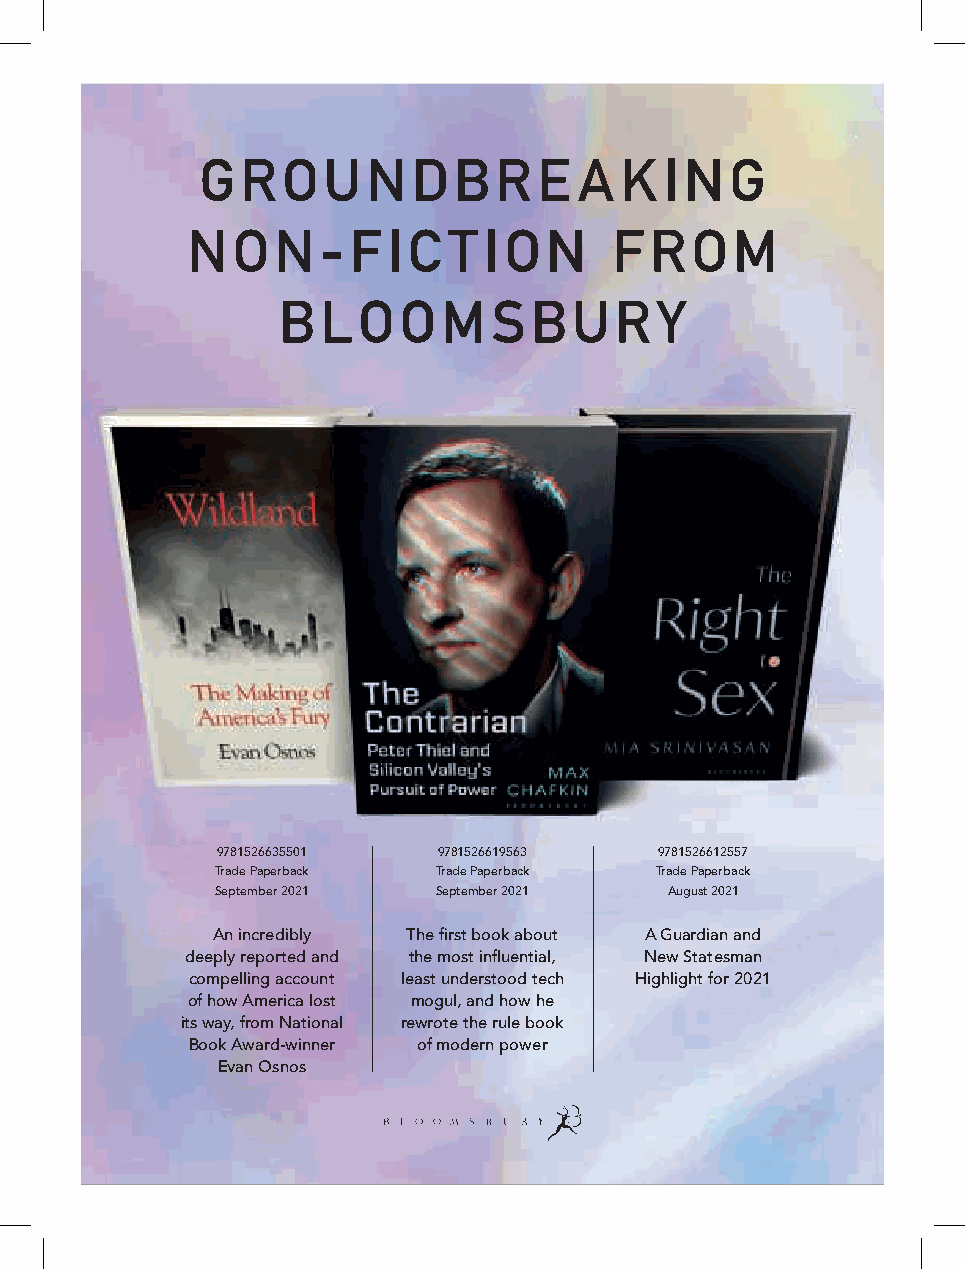
GROUNDBRE                AK    ING
 NON-FIC           T ION      FROM
 BLOOMSBURY
 9781526635501  9781526619563  9781526612557
 Trade Paperback Trade Paperback Trade Paperback
 September 2021 September 2021 August 2021
 An incredibly The first book about A Guardian and
 deeply reported and the most influential, New Statesman
 compelling account least understood tech Highlight for 2021
 of how America lost mogul, and how he
 its way, from National rewrote the rule book
 Book Award-winner of modern power
 Evan Osnos
 NNoonn__FFiiccttiioonn__VV55__OOLLFF..iinndddd 11 1144//0044//22002211 1100::2299